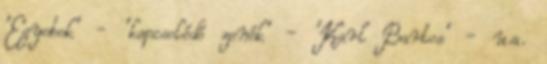
'Egyebek' - 'kapcsolódó zenék' - 'Karl Bartos' - u.a.